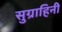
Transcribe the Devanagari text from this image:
सुग्राहिनी